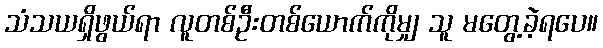
သံသယရှိဖွယ်ရာ လူတစ်ဦးတစ်ယောက်ကိုမျှ သူ မတွေ့ခဲ့ရပေ။